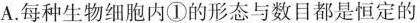
A.每种生物细胞内①的形态与数目都是恒定的